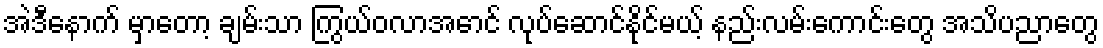
အဲဒီနောက် မှာတော့ ချမ်းသာ ကြွယ်ဝလာအောင် လုပ်ဆောင်နိုင်မယ့် နည်းလမ်းကောင်းတွေ အသိပညာတွေ